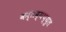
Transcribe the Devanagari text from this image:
कर्तव्यच्युत